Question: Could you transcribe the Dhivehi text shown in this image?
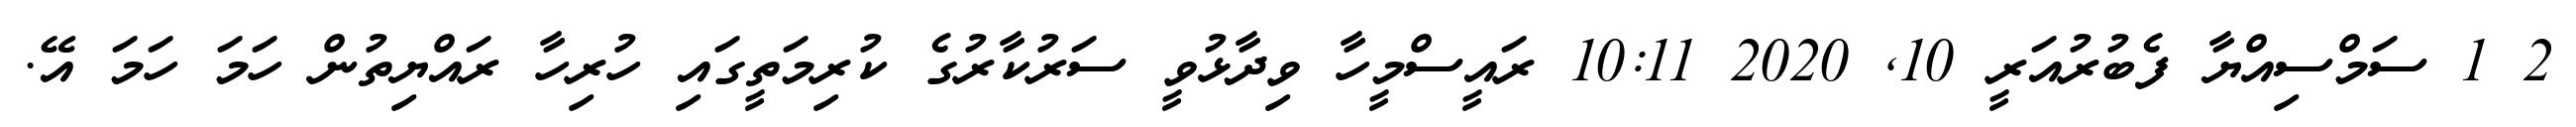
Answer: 2 1 ސަމްސިއްޔާ ފެބުރުއަރީ 10, 2020 10:11 ރައީސްމީހާ ވިދާޅުވީ ސަރުކާރުގެ ކުރިމަތީގައި ހުރިހާ ރައްޔިތުން ހަމަ ހަމަ އޭ.